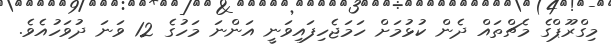
މިގްރޫޕްގެ މެޗްތައް ދެން ކުޅުމަށް ހަމަޖެހިފައިވަނީ އަންނަ މަހުގެ 12 ވަނަ ދުވަހުއެވެ.